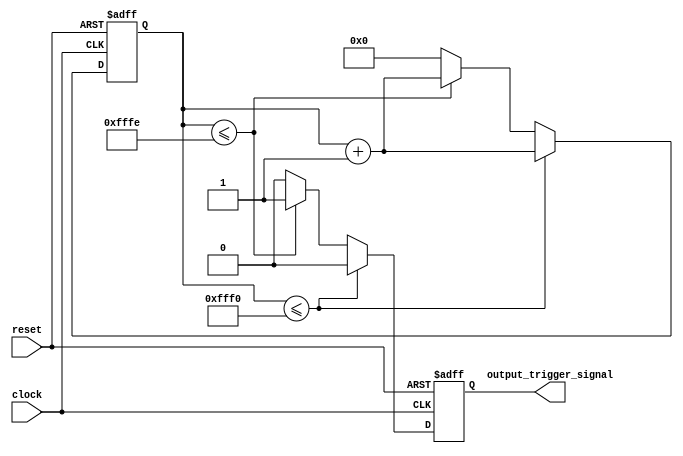
///////////////////////////////////////////////////////////////////////////////////////////////////
// Company: <Name>
//
// File history:
//      <Revision number>: <Date>: <Comments>
//      <Revision number>: <Date>: <Comments>
//      <Revision number>: <Date>: <Comments>
//
// Description: 
//
// <Description here>
//
// Targeted device: <Family::IGLOO> <Die::AGLN250V2> <Package::100 VQFP>
//
/////////////////////////////////////////////////////////////////////////////////////////////////// 
//`timescale <time_units> / <precision>

module trigger_signal_gen( clock, reset, output_trigger_signal );
input clock, reset;
output output_trigger_signal;

reg[15:0] counter;
reg output_trigger_signal_gen;

always @(posedge clock or negedge reset)
begin
    if (!reset)
    begin
        counter <= 8'h00;
        output_trigger_signal_gen <= 1'h0;
    end
    else
    begin
        counter <= counter+1'h1;
        if (counter<=16'hFFF0)
            output_trigger_signal_gen <= 1'h0;
        else if (counter<=16'hFFFE)
            output_trigger_signal_gen <= 1'h1;
        else
        begin
            output_trigger_signal_gen <= 1'h0;
            counter <= 16'h0000;
        end
    end
end

assign output_trigger_signal = output_trigger_signal_gen;

endmodule